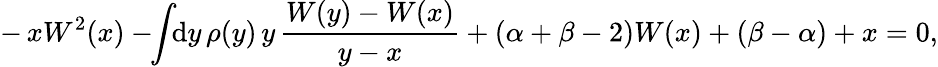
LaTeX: -\, xW^{2}(x)-\! \! \int\! \! \mathrm{d}y\, \rho(y)\, y\, \frac{{W(y)-W(x)}}{{y-x}}+(\alpha+\beta-2)W(x)+(\beta-\alpha)+x=0,